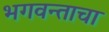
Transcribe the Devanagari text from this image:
भगवन्ताचा